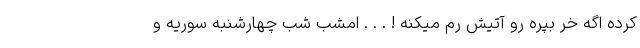
کرده اگه خر بپره رو آتیش رم میکنه ! . . . امشب شب چهارشنبه سوریه و